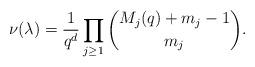
LaTeX: \begin{align*} \nu(\lambda) = \frac{1}{q^d}\prod_{j\geq 1}\binom{M_j(q) + m_j - 1}{m_j}.\end{align*}